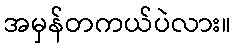
အမှန်တကယ်ပဲလား။